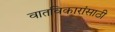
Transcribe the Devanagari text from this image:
वातविकारांसाठी